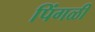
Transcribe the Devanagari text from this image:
पिंगळी